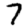
Digit: 7